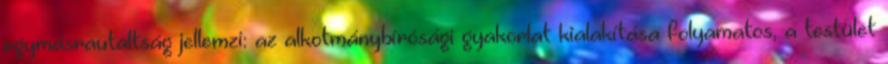
egymásrautaltság jellemzi: az alkotmánybírósági gyakorlat kialakítása folyamatos, a testület